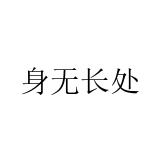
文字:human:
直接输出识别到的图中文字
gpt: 身无长处